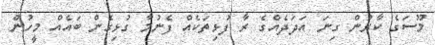
މޫސަގެ ކާރުން ގިނަ އަދަދެއްގެ ރާ ފުޅިތަކެއް ފެނުމާ ގުޅިގެން ބައެއް މީހުން